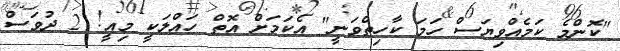
"ކޮންމެ ކަމެއްވިޔަސް ހަމަ ކާހިތްވަނީ" އެކަމަށް އޮތް ހައްލަކީ މިއީ! 2 ދުވަސް